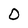
Character: 0